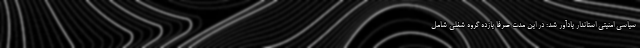
سیاسی امنیتی استاندار یادآور شد: در این مدت صرفا یازده گروه شغلی شامل